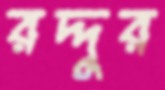
রদ্দুর